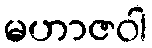
မဟာဇဝါ